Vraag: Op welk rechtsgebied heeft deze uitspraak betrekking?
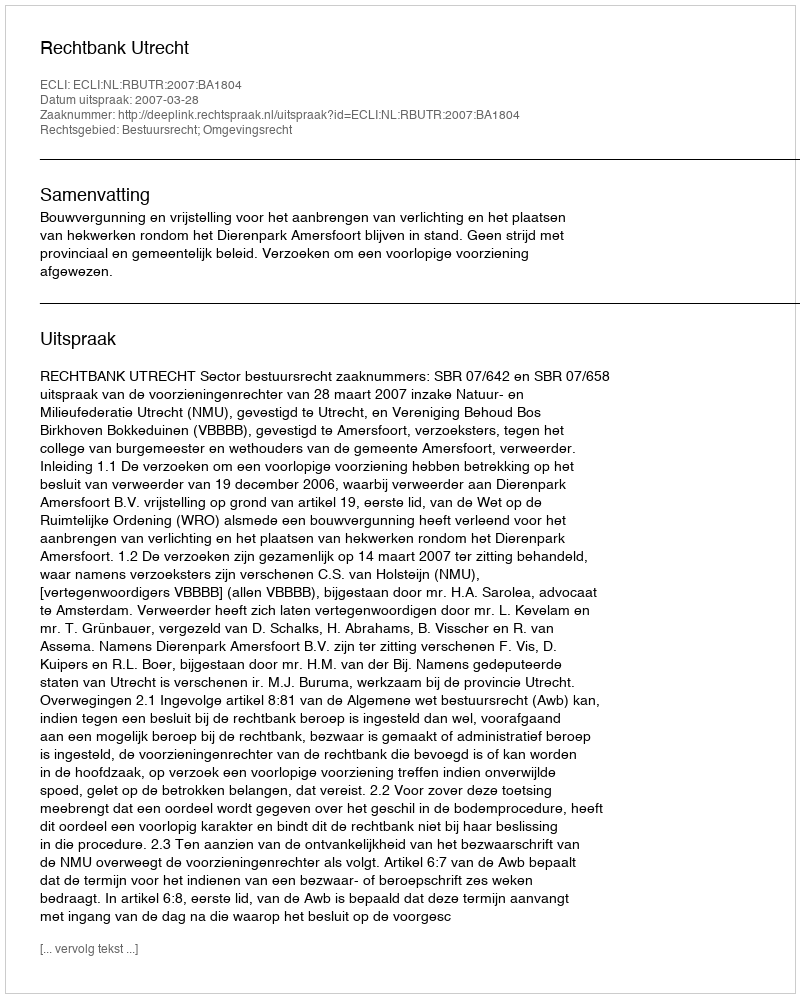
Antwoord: Bestuursrecht; Omgevingsrecht